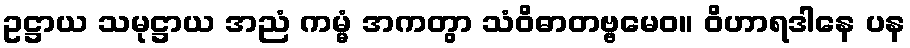
ဥဋ္ဌာယ သမုဋ္ဌာယ အညံ ကမ္မံ အကတွာ သံဝိဓာတဗ္ဗမေဝ။ ဝိဟာရဒါနေ ပန